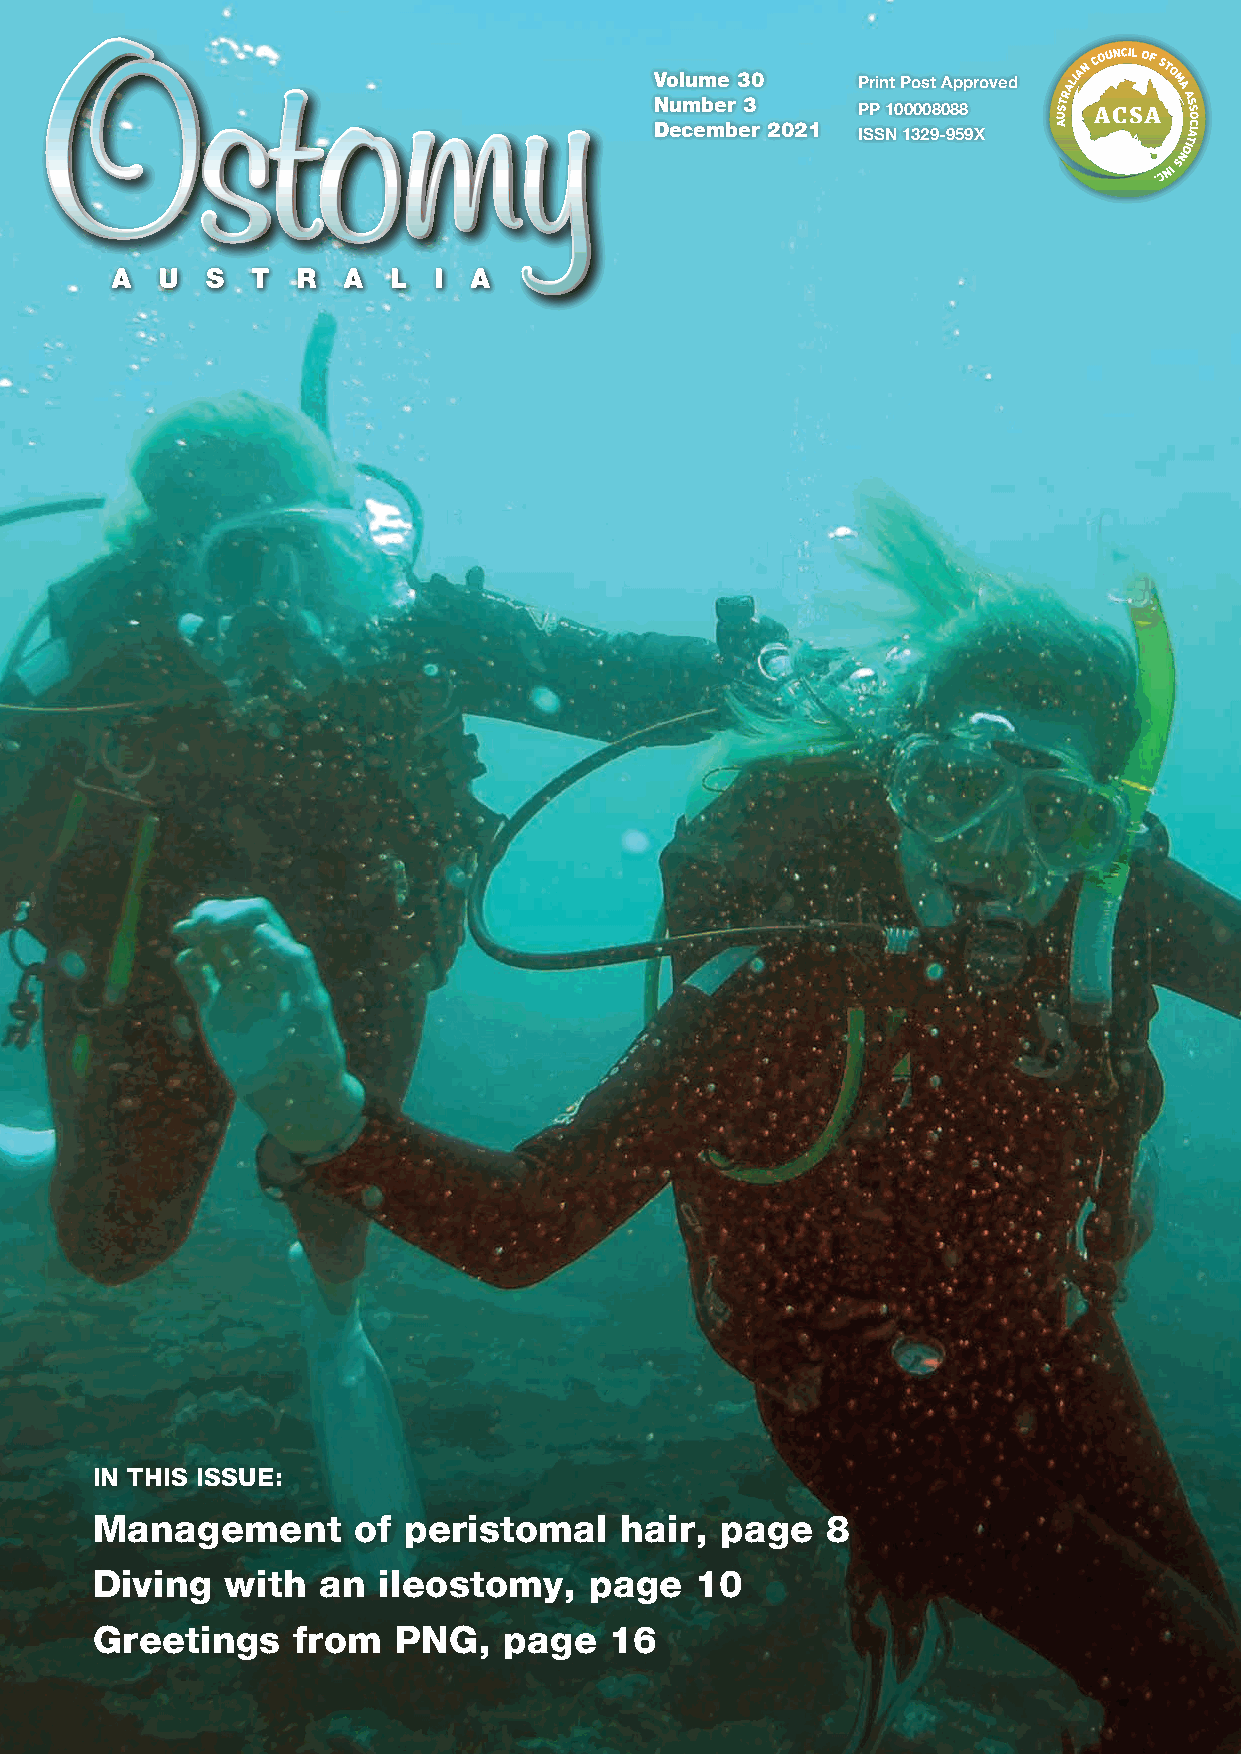
Volume 30
 Print Post Approved
 Number 3
 PP 100008088
 December 2021
 ISSN 1329-959X
 IN THIS ISSUE:
 Management       of  peristomal    hair,  page   8
 Diving   with  an  ileostomy,    page   10
 Greetings    from   PNG,   page   16